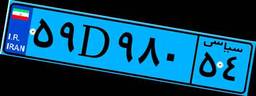
۵۹D۹۸۰۵۴